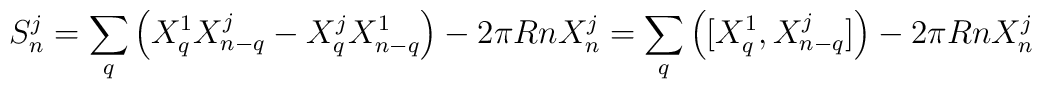
S_{n}^{j} = \sum_{q} \left( X^1_{q} X^j_{n-q}-X^j_{q}X^1_{n-q}\right)-2 \pi Rn X^j_{n}= \sum_{q} \left( [X^1_{q}, X^j_{n-q}]\right)-2 \pi R n X^j_{n}